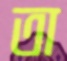
তা